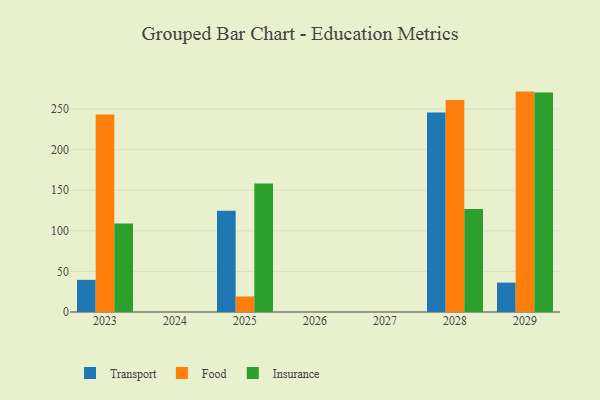
{"axis": {"x": "Year", "y": "Demand Index"}, "legend": ["Food", "Insurance", "Transport"], "data": [{"x": "2028", "y": 245.8, "type": "Transport"}, {"x": "2028", "y": 261.2, "type": "Food"}, {"x": "2028", "y": 126.9, "type": "Insurance"}, {"x": "2025", "y": 124.8, "type": "Transport"}, {"x": "2025", "y": 19.1, "type": "Food"}, {"x": "2025", "y": 158.4, "type": "Insurance"}, {"x": "2023", "y": 39.6, "type": "Transport"}, {"x": "2023", "y": 243.4, "type": "Food"}, {"x": "2023", "y": 108.9, "type": "Insurance"}, {"x": "2029", "y": 36.2, "type": "Transport"}, {"x": "2029", "y": 271.5, "type": "Food"}, {"x": "2029", "y": 270.3, "type": "Insurance"}]}